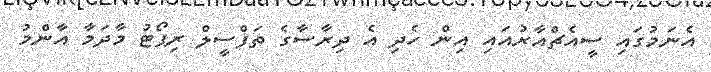
އެނަމުގައި ސީއެޗްއާރުއައި އިން ހެދި އެ ދިރާސާގެ ތަފްސީލް ރިޕޯޓު މާދަމާ އާންމު